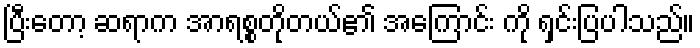
ပြီးတော့ ဆရာက အာရစ္စတိုတယ်၏ အကြောင်း ကို ရှင်းပြပါသည်။